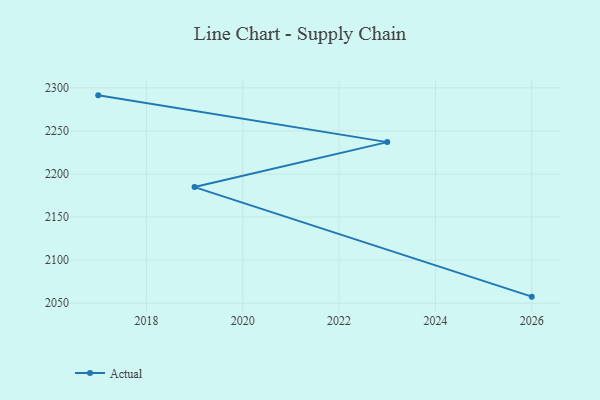
{"axis": {"x": "Year", "y": "Tickets Resolved"}, "legend": ["Actual"], "data": [{"x": "2026", "y": 2057.6, "type": "Actual"}, {"x": "2019", "y": 2184.8, "type": "Actual"}, {"x": "2023", "y": 2237.0, "type": "Actual"}, {"x": "2017", "y": 2291.3, "type": "Actual"}]}